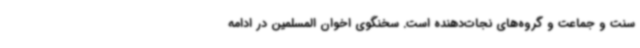
سنت و جماعت و گروه‌های نجات‌دهنده است. سخنگوی اخوان المسلمین در ادامه